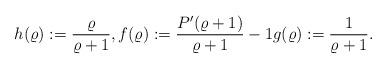
LaTeX: \begin{align*}h(\varrho):=\frac{\varrho}{\varrho+1}, f(\varrho):=\frac{P'(\varrho+1)}{\varrho+1}-1 {} g(\varrho):=\frac{1}{\varrho+1}.\end{align*}